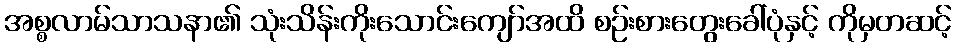
အစ္စလာမ်သာသနာ၏ သုံးသိန်းကိုးသောင်းကျော်အထိ စဉ်းစားတွေးခေါ်ပုံနှင့် ကိုမှတဆင့်